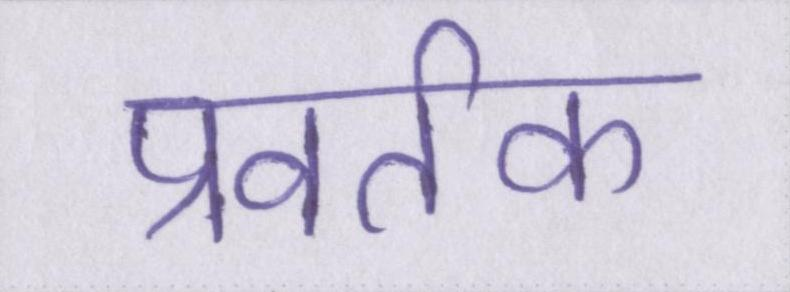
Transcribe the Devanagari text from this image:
प्रवर्तक